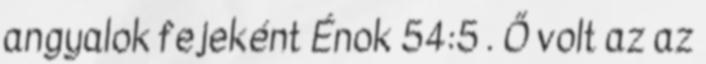
angyalok fejeként Énok 54:5 . Ő volt az az